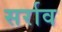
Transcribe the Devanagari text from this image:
सर्राव